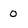
Character: o